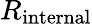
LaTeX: R_{\mathrm{internal}}